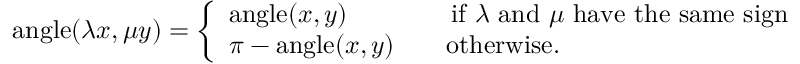
\operatorname { a n g l e } ( \lambda x , \mu y ) = { \left\{ \begin{array} { l l } { \operatorname { a n g l e } ( x , y ) \qquad \qquad { \mathrm { i f ~ } } \lambda { \mathrm { ~ a n d ~ } } \mu { \mathrm { ~ h a v e ~ t h e ~ s a m e ~ s i g n } } } \\ { \pi - \operatorname { a n g l e } ( x , y ) \qquad { \mathrm { o t h e r w i s e } } . } \end{array} \right. }